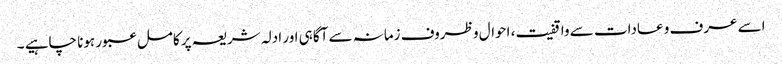
اسے عرف و عادات سے واقفیت، احوال و ظروف زمانہ سے آگاہی اور ادلہ شریعہ پر کامل عبور ہونا چاہیے ۔